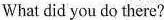
What did you do there?